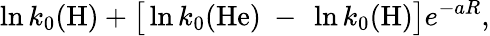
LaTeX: \ln k_{0}(\mathrm{H})+\big[\ln k_{0}(\mathrm{He})~-~\ln k_{0}(\mathrm{H})\big]e^{-aR},